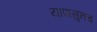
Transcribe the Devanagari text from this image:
यापासुनच